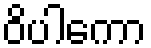
ဝိပါကော